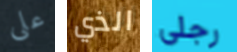
على الذي رجلي